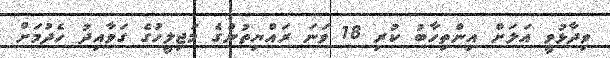
ވިދާޅުވީ އަލަށް އިންތިހާބު ކުރި 18 ވަނަ ރައްޔިތުންގެ މަޖިލީހުގެ ގަވާއިދު ހެދުމަށް